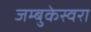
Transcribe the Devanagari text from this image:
जम्बुकेस्वरा